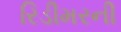
રિડીમરની